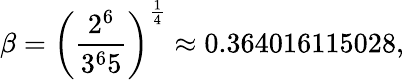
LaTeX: \beta=\left({\frac{2^{6}}{3^{6}5}}\right)^{\frac{1}{4}}\approx 0.364016115028,